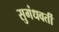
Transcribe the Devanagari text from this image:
सुगंधवर्ती